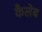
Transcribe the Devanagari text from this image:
कैलेब